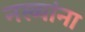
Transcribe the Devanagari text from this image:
नख्यांना